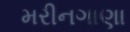
મરીનગાણા